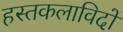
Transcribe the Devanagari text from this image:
हस्तकलाविदों